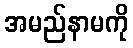
အမည်နာမကို